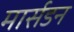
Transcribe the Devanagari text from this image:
मार्सडन